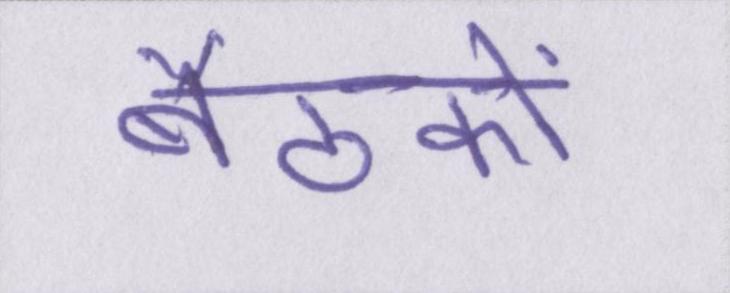
बैठकों